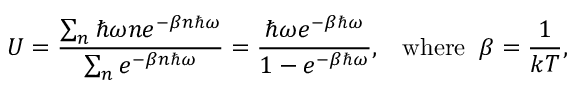
U = { \frac { \sum _ { n } \hbar \omega n e ^ { - \beta n \hbar \omega } } { \sum _ { n } e ^ { - \beta n \hbar \omega } } } = { \frac { \hbar \omega e ^ { - \beta \hbar \omega } } { 1 - e ^ { - \beta \hbar \omega } } } , \; \; \; \mathrm { { w h e r e } } \; \; \beta = { \frac { 1 } { k T } } ,